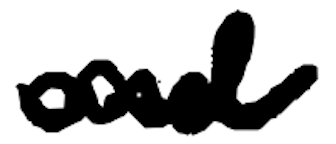
Text: and
Cross-out: wave
Writing tool: digital_black